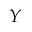
Y